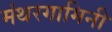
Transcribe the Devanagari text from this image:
मंथरगामिनी